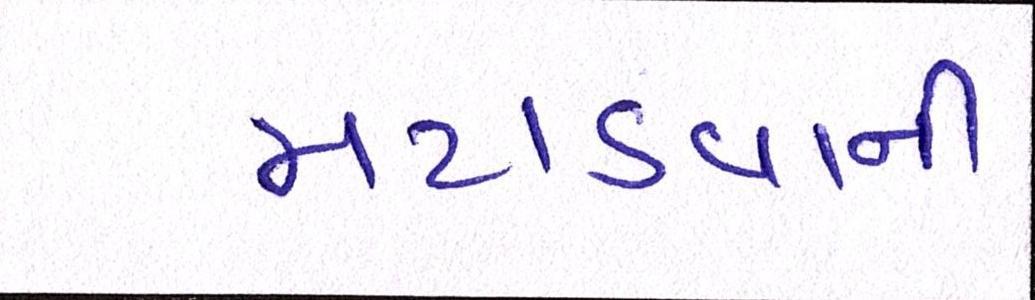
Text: મટાડવાની